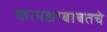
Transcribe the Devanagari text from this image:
कायद्याबाबतचे